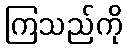
ကြသည်ကို